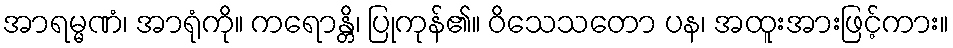
အာရမ္မဏံ၊ အာရုံကို။ ကရောန္တိ၊ ပြုကုန်၏။ ဝိသေသတော ပန၊ အထူးအားဖြင့်ကား။